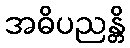
အဓိပညန္တိ